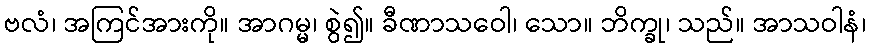
ဗလံ၊ အကြင်အားကို။ အာဂမ္မ၊ စွဲ၍။ ခီဏာသဝေါ၊ သော။ ဘိက္ခု၊ သည်။ အာသဝါနံ၊